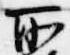
所